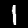
Digit: 1